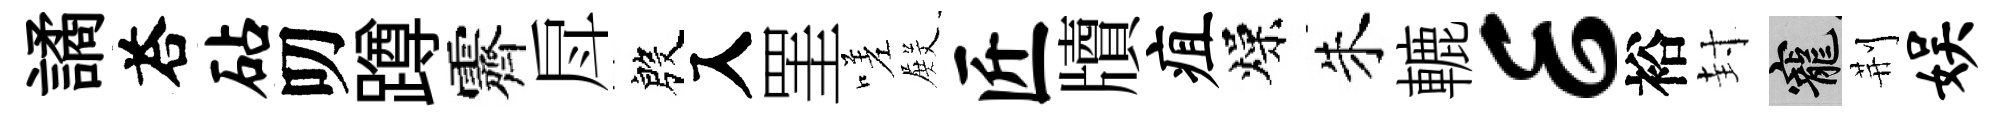
譎荅砧叨蹲霽戽殷入罣嗟𭮺匠牘疽燥朱轆E裕封寵荆娱